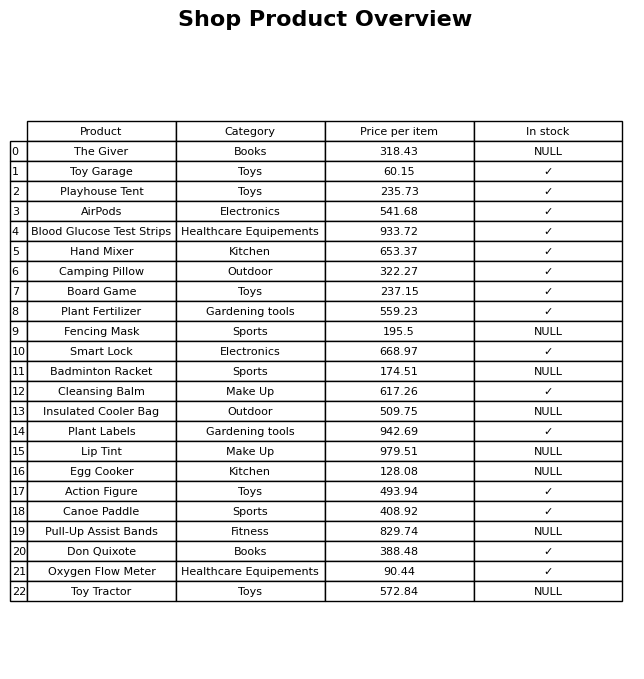
question: Is the Plant Fertilizer in stock?
answer: ✓